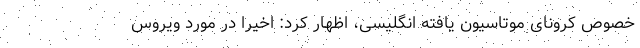
خصوص کرونای موتاسیون یافته انگلیسی، اظهار کرد: اخیراً در مورد ویروس